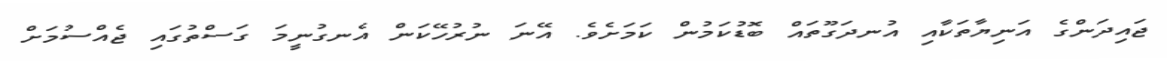
ޖައިދަންގެ އަނިޔާތަކާއި އުނދަގޫތައް ބޮޑުކަމުން ކަމަށެވެ. އޭނަ ނުރުހޭކަން އެނގުނީމަ ގަސްތުގައި ޖެއްސުމަށް